Medical and sanitary report of the native army of Bengal for the year
Year: 1874
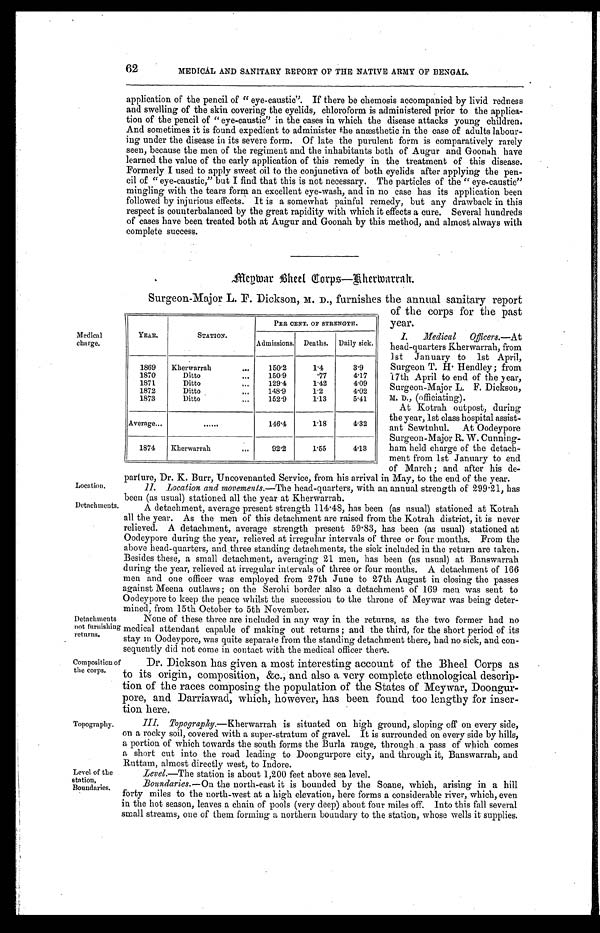
Level of th
e station, Boundaries.
62
MEDICAL AND SANITARY REPORT OF THE NATIVE ARMY OF BENGAL.
application of the pencil of "eye-caustic". If there be chemosis accompanied by livid redness
and swelling of the skin covering the eyelids, chloroform is administered prior to the applica
-tion of the pencil of "eye-caustic" in the cases in which the disease attacks young children.
And sometimes it is found expedient to administer the anæsthetic in the case of adults labour-
ing under the disease in its severe form. Of late the purulent form is comparatively rarely
seen, because the men of the regiment and the inhabitants both of Augur and Goonah have
learned the value of the early application of this remedy in the treatment of this disease.
Formerly I used to apply sweet oil to the conjunctiva of both eyelids after applying the pen
-cil of "eye-caustic," but I find that this is not necessary. The particles of the "eye-caustic"
mingling with the tears form an excellent eye-wash, and in no case has its application been
followed by injurious effects. It is a somewhat painful remedy, but any drawback in this
respect is counterbalanced by the great rapidity with which it effects a cure. Several hundreds
of cases have been treated both at Augur and Goonah by this method, and almost always with
complete success.
Megwar Bheel Corps—Bherwarrah.
Medical
charge.
Surgeon-Major L.F. Dickson, M.D., furnishes the annual sanitary report
of the corps for the past
year.
I . M e d i c a l O f f i c e r s . — A t
head-quarters Kherwarrah, from
1st January to 1st April,
Surgeon T. H. Hendley; from
17th April to end of the year,
Surgeon-Major L. F. Dickson,
M . D . ,(
o f f i c i a t i n g ) .
At Kotrah outpost, during
the year, 1st class hospital assist
-ant Sewtuhul. At Oodeypore
Surgeon-Major R. W. Cunning
-ham held charge of the detach
-ment from 1st January to end
of March ; and after his de
- p a r t u r e . D r . K . B u r r , U n c o v e n a n t e d S e r v i c e , f r o m h i s a r r i v a l i n M a y , t o t h e e n d o f t h e y e a r .
Location.
YEAR.
STATION.
PER CENT. OF STRENGTH.
Admissions. Deaths. Daily sick.
1869
Kherwarrah . . .
1 5 0 . 2
1.4
3.9
1870
Ditto . . .
150.9
. 7 7 4.17
1871
Ditto . . .
129.4
1.42
4.09
1872
Ditto . . .
148.9
1.2
4.02
1873
Ditto . . .
152.9
1.13
5.41
Average . . .
. . .
1 4 6 . 4
1.18
4.32
1874
Kherwarrah . . .
92.2
1.55
4.13
11. location and movements .—The head-quarters, with an annual strength of 299.21, has
been (as usual) stationed all the year at Kherwarrah.
Detachments.
Detachments
not furnishing
returns.
Composition of
the corps.
Topography.
A detachment, average present strength 114.48, has been (as usual) stationed at Kotrah
all the year. As the men of this detachment are raised from the Kotrah district, it is never
relieved. A detachment, average strength present 59.83, has been (as usual) stationed at
Oodeypore during the year, relieved at irregular intervals of three or four months. From the
above head-quarters, and three standing detachments, the sick included in the return are taken.
Besides these, a small detachment, averaging 21 men, has been (as usual) at Banswarrah
during the year, relieved at irregular intervals of three or four months. A detachment of 166
men and one officer was employed from 27th June to 27th August in closing the passes
against Meena outlaws; on the Serohi border also a detachment of 169 men was sent to
Oodeypore to keep the peace whilst the succession to the throne of Meywar was being deter
-mined, from 15th October to 5th November.
None of these three are included in any way in the returns, as the two former had no
medical attendant capable of making out returns ; and the third, for the short period of its
stay in Oodeypore, was quite separate from the standing detachment there, had no sick, and con
-sequently did not come in contact with the medical officer there.
Dr. Dickson has given a most interesting account of the Bheel Corps as
to its origin, composition, &c., and also a very complete ethnological descrip
-tion of the races composing the population of the States of Meywar, Doongur
-pore, and Darriawad, which, however, has been found too lengthy for inser
-tion here.
III.
Topography.—Kherwarrah is situated on high ground, sloping off on every side,
on a rocky soil, covered with a super-stratum of gravel. It is surrounded on every side by hills,
a portion of which towards the south forms the Burla range, through a pass of which comes
a short cut into the road leading to Doongurpore city, and through it, Banswarrah, and
Ruttam, almost directly west, to Indore.
Level.—The station is about 1,200 feet above sea level.
Boundaries. —On the north-east it is bounded by the Soane, which, arising in a hill
forty miles to the north-west at a high elevation, here forms a considerable river, which, even
in the hot season, leaves a chain of pools (very deep) about four miles off. Into this fall several
small streams, one of them forming a northern boundary to the station, whose wells it supplies.